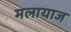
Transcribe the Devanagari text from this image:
मलायाज